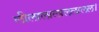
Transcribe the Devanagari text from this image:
लीलालालाललालल।